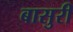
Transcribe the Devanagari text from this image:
बासुरी